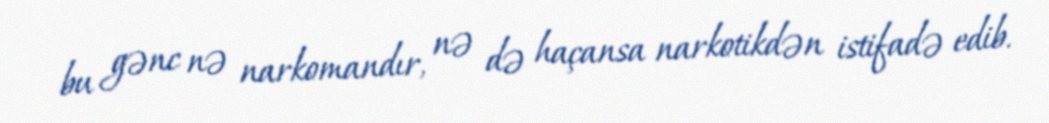
bu gənc nə narkomandır, nə də haçansa narkotikdən istifadə edib.